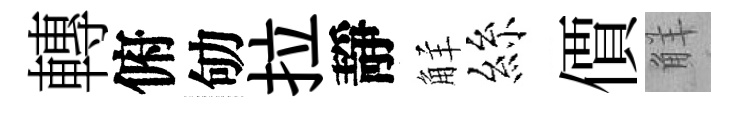
轉俯劬拉靜觧絲價觧